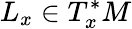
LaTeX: L_{x}\in T_{x}^{*}M